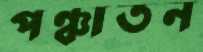
পঞ্চাতন